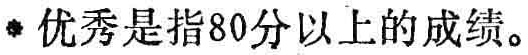
#NAME?